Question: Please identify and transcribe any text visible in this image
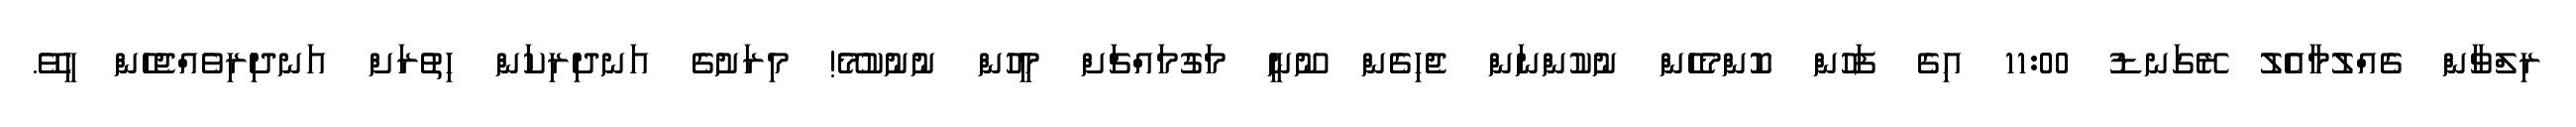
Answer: ރިލްވާން ގެއްލުމާއެލު ރޭގަނޑު 11:00 އިގެ ފަހުން ކޮންމެހެން ނުކުންނަން ޖެހިގެން ނޫނީ މަގުމައްޗަށް މީހުން ނުނުކުމޭ! މިރަށުގެ އަނދިރިކަން ހިތުރަށް އަނދިރިވެއްޖެހެން ހީވޭ.